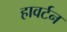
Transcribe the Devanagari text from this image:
हावर्टन